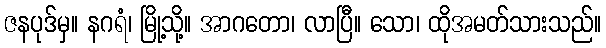
ဇနပုဒ်မှ။ နဂရံ၊ မြို့သို့။ အာဂတော၊ လာပြီ။ သော၊ ထိုအမတ်သားသည်။